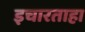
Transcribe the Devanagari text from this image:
इचारताहा